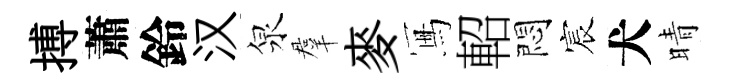
搏蕭鈴汉泉羣麥冩軺悶宸犬晴